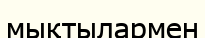
мықтылармен